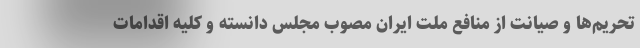
تحریم‌ها و صیانت از منافع ملت ایران مصوب مجلس دانسته و کلیه اقدامات